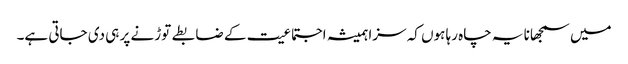
میں سمجھانا یہ چاہ رہا ہوں کہ سزا ہمیشہ اجتماعیت کے ضابطے توڑنے پر ہی دی جاتی ہے۔